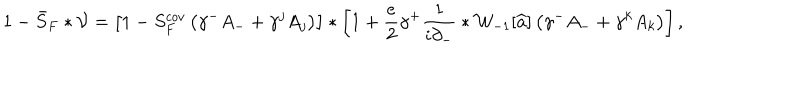
1 - \bar { S } _ { F } \ast { \cal V } = \left[ 1 - S _ { F } ^ { c o v } \left( \gamma ^ { - } { A } _ { - } + \gamma ^ { j } { A } _ { j } \right) \right] \ast \left[ 1 + \frac { e } { 2 } \gamma ^ { + } \frac { 1 } { i \partial _ { - } } \ast { \cal W } _ { - 1 } [ \widehat { a } ] \left( \gamma ^ { - } { A } _ { - } + \gamma ^ { k } { A } _ { k } \right) \right] ,